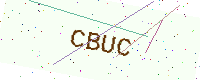
Text: CBUC